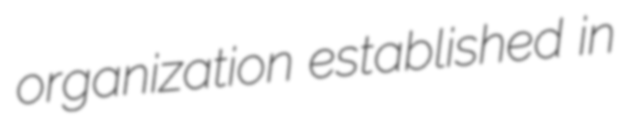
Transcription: organization established in